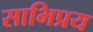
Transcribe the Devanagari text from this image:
साभिप्रय